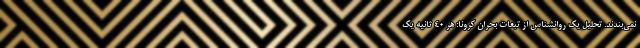
نمی‌بندند. تحلیل یک روانشناس از تبعات بحران کرونا: هر ۴۰ ثانیه یک